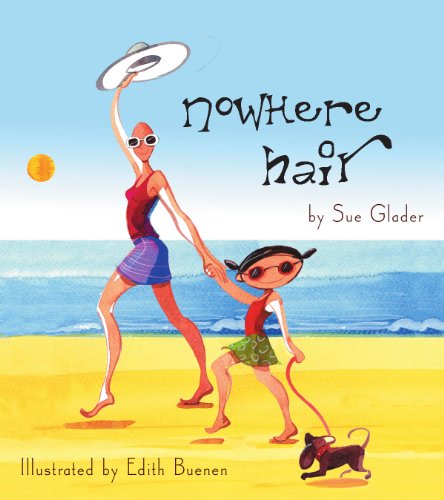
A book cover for Nowhere Hair: Explains cancer and chemo to your kids (children); Sue Glader; Parenting & Relationships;